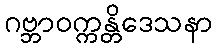
ဂဗ္ဘာဝက္ကန္တိဒေသနာ